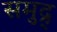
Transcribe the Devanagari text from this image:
समुद्र्